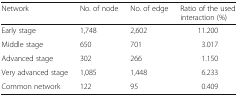
<table><thead><tr><td><b>Network</b></td><td><b>No. of node</b></td><td><b>No. of edge</b></td><td><b>Ratio of the used interaction (%)</b></td></tr></thead><tbody><tr><td>Early stage</td><td>1,748</td><td>2,602</td><td>11.200</td></tr><tr><td>Middle stage</td><td>650</td><td>701</td><td>3.017</td></tr><tr><td>Advanced stage</td><td>302</td><td>266</td><td>1.150</td></tr><tr><td>Very advanced stage</td><td>1,085</td><td>1,448</td><td>6.233</td></tr><tr><td>Common network</td><td>122</td><td>95</td><td>0.409</td></tr></tbody></table>